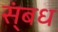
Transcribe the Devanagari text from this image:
स्ंबध